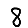
Digit: 8